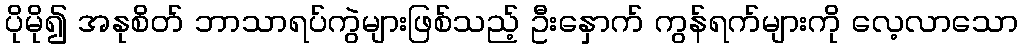
ပိုမို၍ အနုစိတ် ဘာသာရပ်ကွဲများဖြစ်သည့် ဦးနှောက် ကွန်ရက်များကို လေ့လာသော